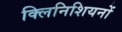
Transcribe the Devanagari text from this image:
क्लिनिशियनों